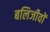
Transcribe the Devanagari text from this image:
बलिजीवों